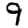
Digit: 9